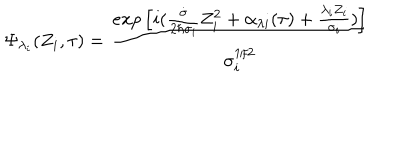
\Psi _ { \lambda _ { i } } ( Z _ { i } , \tau ) = \frac { e x p \left[ i ( \frac { \dot { \sigma } } { 2 \hbar \sigma _ { i } } Z _ { i } ^ { 2 } + \alpha _ { \lambda { i } } ( \tau ) + \frac { \lambda _ { i } Z _ { i } } { \sigma _ { i } } ) \right] } { \sigma _ { i } ^ { 1 / 2 } }